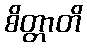
စိတ္တာတိ